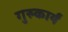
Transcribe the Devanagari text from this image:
गुरुकार्यं